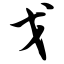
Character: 戈